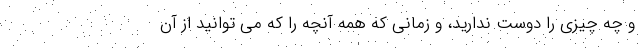
و چه چیزی را دوست ندارید، و زمانی که همه آنچه را که می توانید از آن